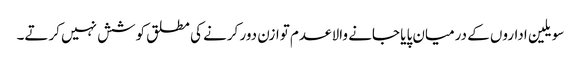
سویلین اداروں کے درمیان پایا جانے والا عدم توازن دور کرنے کی مطلق کوشش نہیں کرتے۔